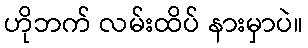
ဟိုဘက် လမ်းထိပ် နားမှာပဲ။